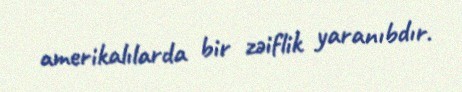
amerikalılarda bir zəiflik yaranıbdır.